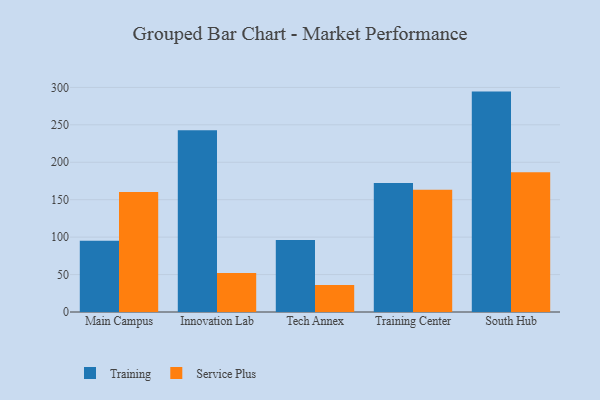
{"axis": {"x": "Campus", "y": "Production Output"}, "legend": ["Service Plus", "Training"], "data": [{"x": "Main Campus", "y": 95.2, "type": "Training"}, {"x": "Main Campus", "y": 160.2, "type": "Service Plus"}, {"x": "Innovation Lab", "y": 242.9, "type": "Training"}, {"x": "Innovation Lab", "y": 52.2, "type": "Service Plus"}, {"x": "Tech Annex", "y": 96.2, "type": "Training"}, {"x": "Tech Annex", "y": 36.0, "type": "Service Plus"}, {"x": "Training Center", "y": 172.2, "type": "Training"}, {"x": "Training Center", "y": 163.3, "type": "Service Plus"}, {"x": "South Hub", "y": 294.4, "type": "Training"}, {"x": "South Hub", "y": 186.7, "type": "Service Plus"}]}